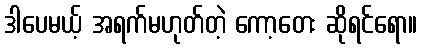
ဒါပေမယ့် အရက်မဟုတ်တဲ့ ကော့တေး ဆိုရင်ရော။